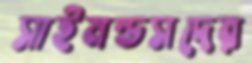
সাইমন্ডসদের